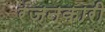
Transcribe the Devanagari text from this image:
रंजनकारी